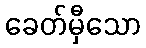
ခေတ်မှီသော